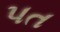
પત